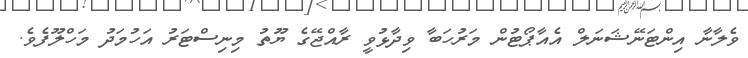
ވެލާނާ އިންޓަނޭޝަނަލް އެއާޕޯޓުން މަރުހަބާ ވިދާޅުވީ ރާއްޖޭގެ ޔޫތު މިނިސްޓަރު އަހުމަދު މަހްލޫފެވެ.